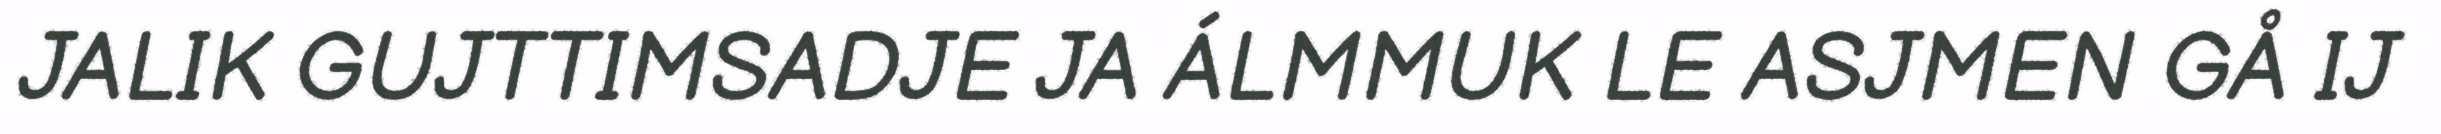
JALIK GUJTTIMSADJE JA ÁLMMUK LE ASJMEN GÅ IJ